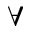
\forall